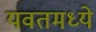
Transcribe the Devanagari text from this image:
यवतमध्ये